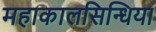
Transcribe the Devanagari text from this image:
महाकालसिन्धिया